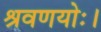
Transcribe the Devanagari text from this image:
श्रवणयोः।